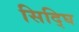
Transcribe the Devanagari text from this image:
सिद्घि